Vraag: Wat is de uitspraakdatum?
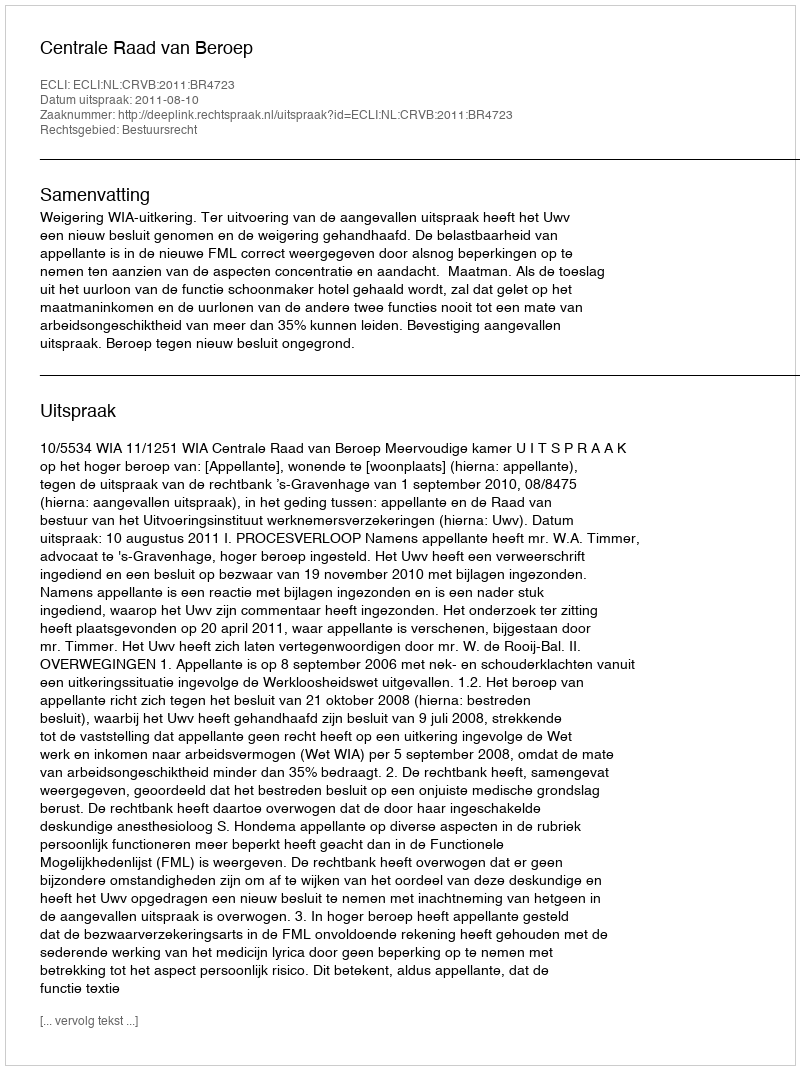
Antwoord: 2011-08-10